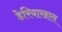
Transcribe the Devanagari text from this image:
डेरियाखाल